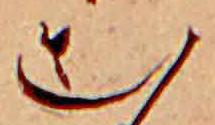
む